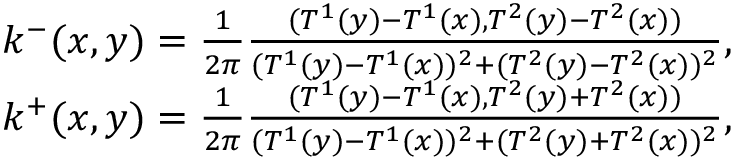
\begin{array} { r } { k ^ { - } ( x , y ) = \frac { 1 } { 2 \pi } \frac { ( T ^ { 1 } ( y ) - T ^ { 1 } ( x ) , T ^ { 2 } ( y ) - T ^ { 2 } ( x ) ) } { ( T ^ { 1 } ( y ) - T ^ { 1 } ( x ) ) ^ { 2 } + ( T ^ { 2 } ( y ) - T ^ { 2 } ( x ) ) ^ { 2 } } , } \\ { k ^ { + } ( x , y ) = \frac { 1 } { 2 \pi } \frac { ( T ^ { 1 } ( y ) - T ^ { 1 } ( x ) , T ^ { 2 } ( y ) + T ^ { 2 } ( x ) ) } { ( T ^ { 1 } ( y ) - T ^ { 1 } ( x ) ) ^ { 2 } + ( T ^ { 2 } ( y ) + T ^ { 2 } ( x ) ) ^ { 2 } } , } \end{array}